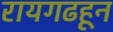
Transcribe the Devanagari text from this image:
रायगढहून